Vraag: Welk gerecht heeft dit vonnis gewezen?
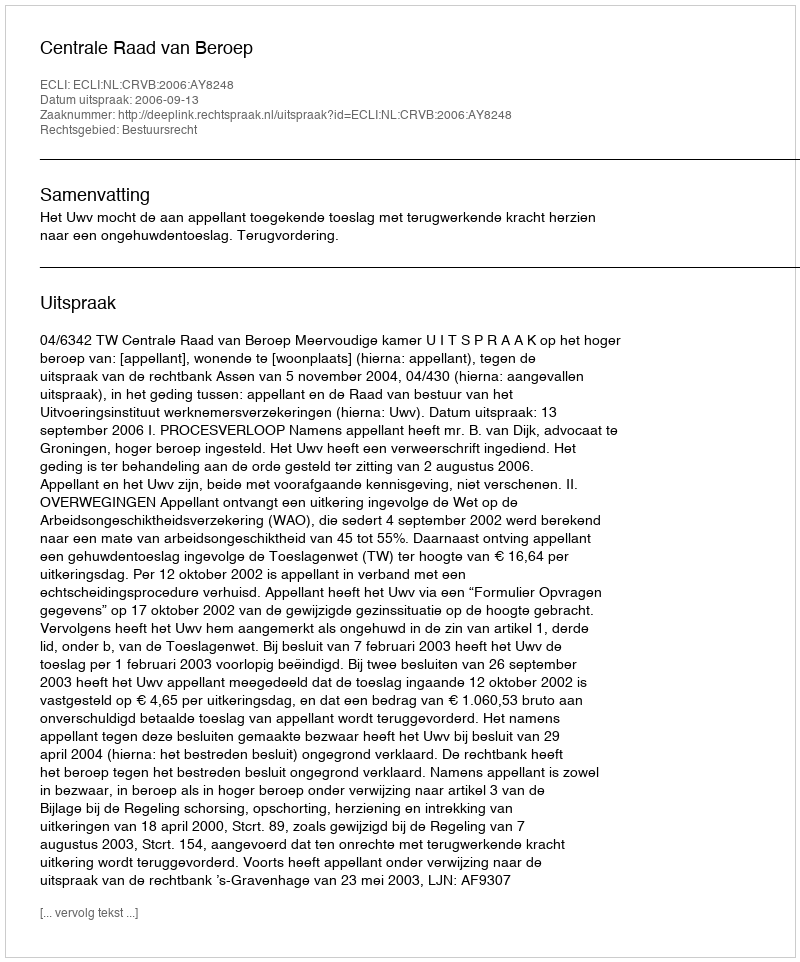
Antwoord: Centrale Raad van Beroep